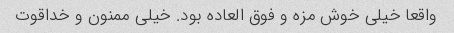
واقعا خیلی خوش مزه و فوق العاده بود. خیلی ممنون و خداقوت